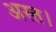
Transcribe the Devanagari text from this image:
अस्त।